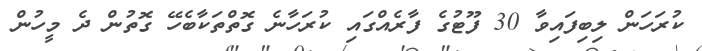
ކުރަހަން ލިބިފައިވާ 30 ފޫޓުގެ ފާރެއްގައި ކުރަހާނެ ގޮތްތަކާބެހޭ ގޮތުން ދެ މީހުން